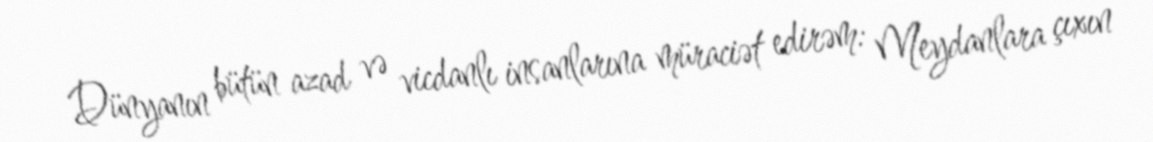
Dünyanın bütün azad və vicdanlı insanlarına müraciət edirəm: Meydanlara çıxın